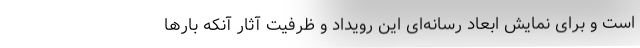
است و برای نمایش ابعاد رسانه‌ای این رویداد و ظرفیت آثار آنکه بارها